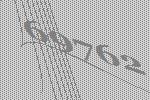
69762